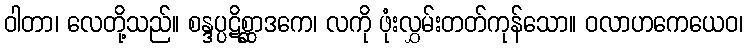
ဝါတာ၊ လေတို့သည်။ စန္ဒပ္ပဋိစ္ဆာဒကေ၊ လကို ဖုံးလွှမ်းတတ်ကုန်သော။ ဝလာဟကေယေဝ၊